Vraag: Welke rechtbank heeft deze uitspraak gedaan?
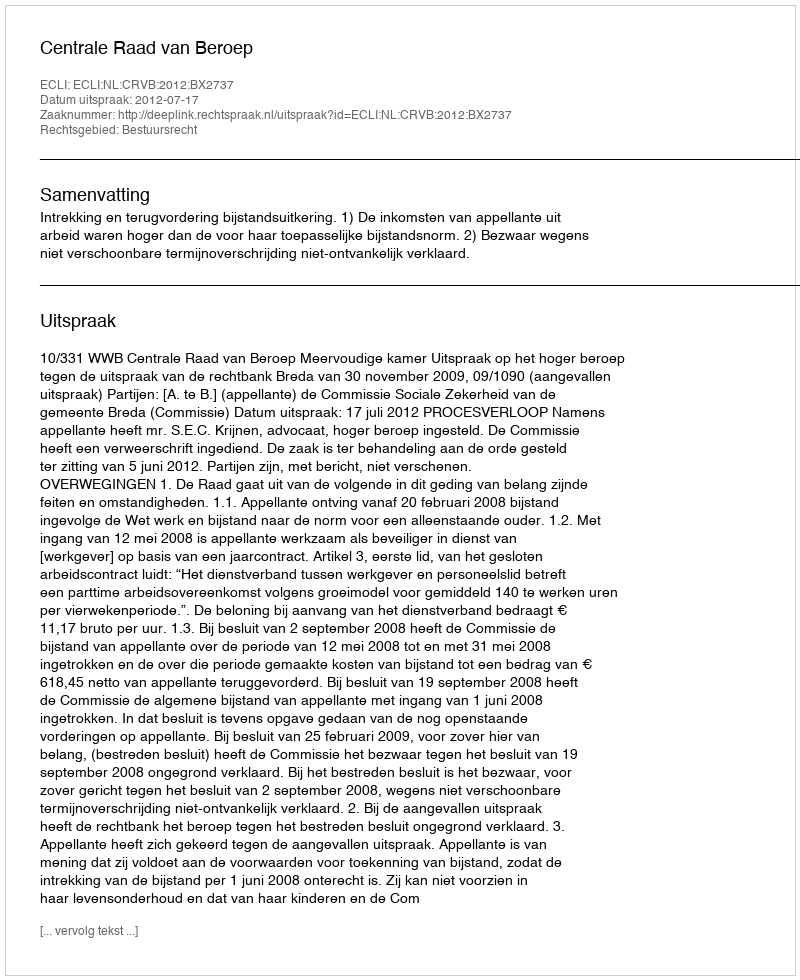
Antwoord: Centrale Raad van Beroep